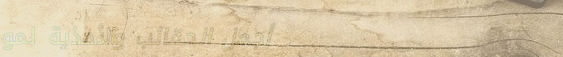
أجمل الحقائب والأحذية لمو